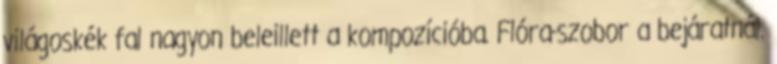
világoskék fal nagyon beleillett a kompozícióba. Flóra-szobor a bejáratnál.